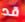
قد